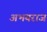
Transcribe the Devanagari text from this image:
अभयराज